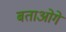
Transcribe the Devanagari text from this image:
बताओगे